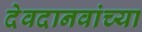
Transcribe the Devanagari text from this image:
देवदानवांच्या